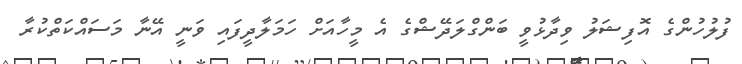
ފުލުހުންގެ އޮފިޝަލު ވިދާޅުވީ ބަންގްލަދޭޝްގެ އެ މީހާއަށް ހަމަލާދީފައި ވަނީ އޭނާ މަސައްކަތްކުރާ